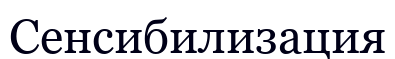
Сенсибилизация